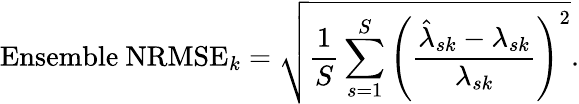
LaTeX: \mathrm{Ensemble~NRMSE}_{k}=\sqrt{\frac{1}{S}\sum_{s=1}^{S}\left(\frac{\hat{{\lambda}}_{sk}-{{\lambda}_{sk}}}{{{\lambda}_{sk}}}\right)^{2}}.